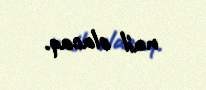
nail olacaq.